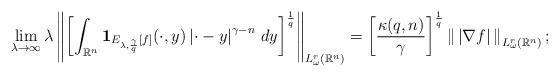
LaTeX: \begin{align*}&\lim_{\lambda\to\infty}\lambda\left\|\left[\int_{\mathbb{R}^n}\mathbf{1}_{E_{\lambda,\frac{\gamma}{q}}[f]}(\cdot,y)\left|\cdot-y\right|^{\gamma-n}\,dy\right]^\frac{1}{q}\right\|_{L^r_\omega(\mathbb{R}^n)}=\left[\frac{\kappa(q,n)}{\gamma}\right]^\frac{1}{q}\left\|\,\left|\nabla f\right|\,\right\|_{L^r_\omega(\mathbb{R}^n)};\end{align*}